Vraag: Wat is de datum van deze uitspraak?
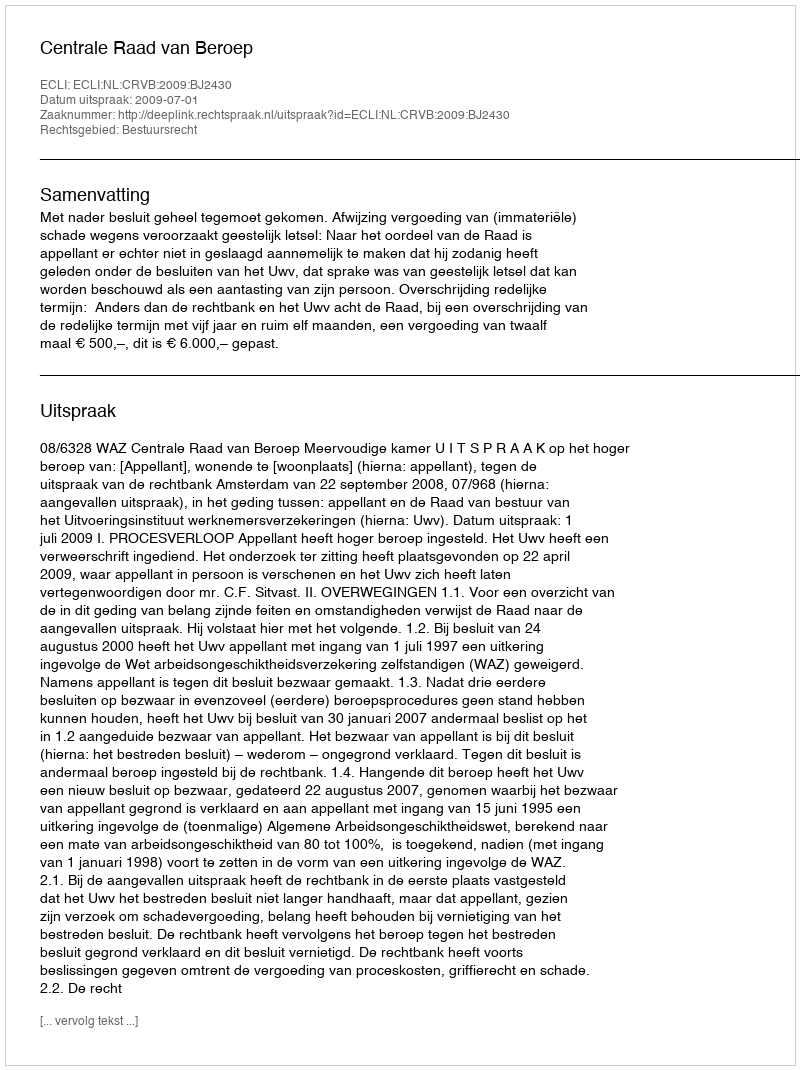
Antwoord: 2009-07-01